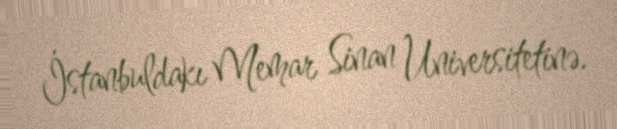
İstanbuldakı Memar Sinan Universitetinə.